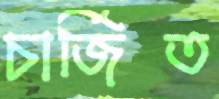
চার্জিত